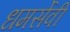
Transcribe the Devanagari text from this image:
धमर्सेवी